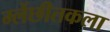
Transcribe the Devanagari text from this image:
म्लेंछीतकला